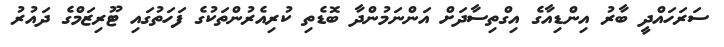
ސަރަހައްދީ ބާރު އިންޑިއާގެ އިގްތިސާދަށް އަންނަމުންދާ ބޮޑެތި ކުރިއެރުންތަކުގެ ފަހަތުގައި ޓޫރިޒަމްގެ ދައުރު